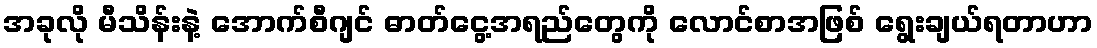
အခုလို မီသိန်းနဲ့ အောက်စီဂျင် ဓာတ်ငွေ့အရည်တွေကို လောင်စာအဖြစ် ရွေးချယ်ရတာဟာ